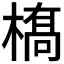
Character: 𫞏